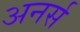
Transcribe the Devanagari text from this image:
अनर्स